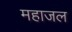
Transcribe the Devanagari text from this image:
महाजल